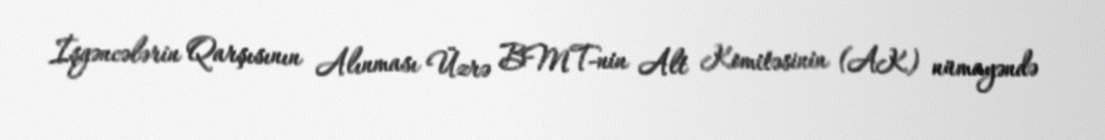
İşgəncələrin Qarşısının Alınması Üzrə BMT-nin Alt Komitəsinin (AK) nümayəndə